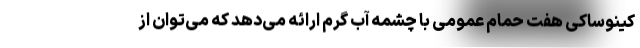
کینوساکی هفت حمام عمومی با چشمه آب گرم ارائه می‌دهد که می‌توان از